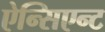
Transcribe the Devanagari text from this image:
ऐन्सिएन्ट